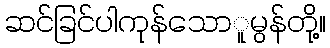
ဆင်ခြင်ပါကုန်သောူမွန်တို့။